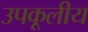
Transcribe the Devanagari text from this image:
उपकूलीय